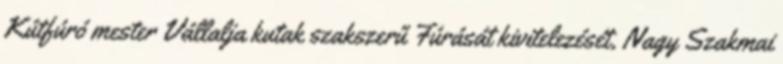
Kútfúró mester Vállalja kutak szakszerű Fúrását kivitelezését, Nagy Szakmai